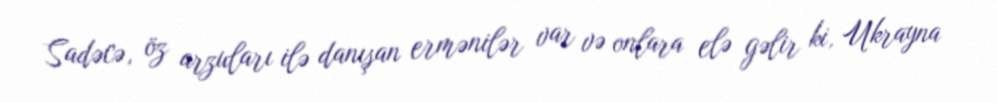
Sadəcə, öz arzuları ilə danışan ermənilər var və onlara elə gəlir ki, Ukrayna